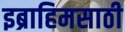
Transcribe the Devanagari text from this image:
इब्राहिमसाठी